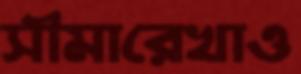
সীমারেখাও